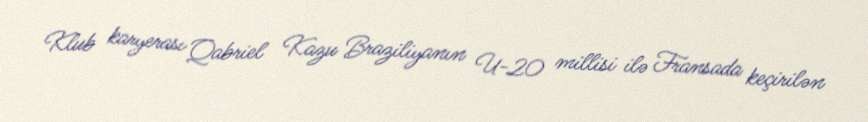
Klub karyerası Qabriel Kazu Braziliyanın U-20 millisi ilə Fransada keçirilən